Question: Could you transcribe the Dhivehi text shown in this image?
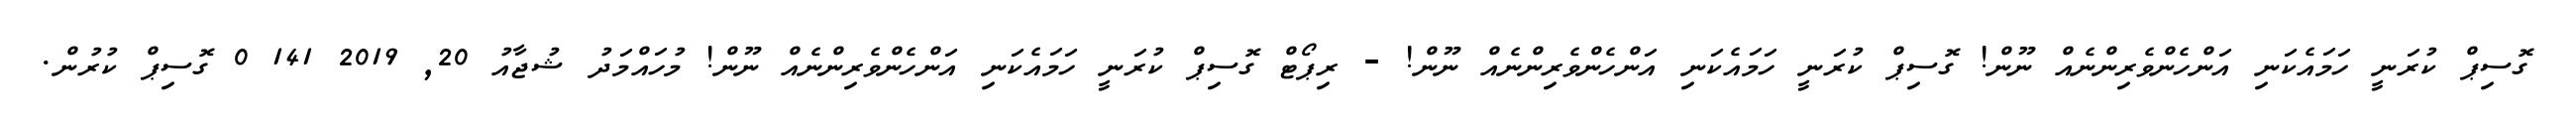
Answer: ގޮސިޕް ކުރަނީ ހަމައެކަނި އަންހެންވެރިންނެއް ނޫން! ގޮސިޕް ކުރަނީ ހަމައެކަނި އަންހެންވެރިންނެއް ނޫން! - ރިޕޯޓް ގޮސިޕް ކުރަނީ ހަމައެކަނި އަންހެންވެރިންނެއް ނޫން! މުހައްމަދު ޝުޖާއު 20, 2019 141 0 ގޮސިޕް ކުރުން.